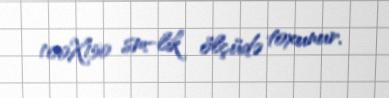
100X150 sm-lik ölçüdə toxunur.